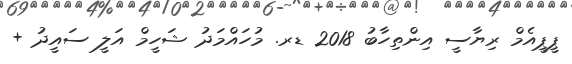
ޕީޕީއެމް ރިޔާސީ އިންތިހާބު 2018 ޑރ. މުހައްމަދު ޝަހީމް އަލީ ސައީދު +